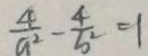
\frac { 4 } { a ^ { 2 } } - \frac { 4 } { b ^ { 2 } } = 1